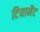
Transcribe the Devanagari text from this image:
टियामैट